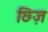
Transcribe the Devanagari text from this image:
छिज़